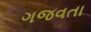
ગજવતા